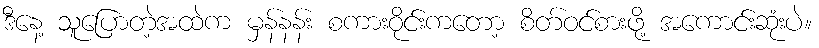
ဒီနေ့ သူပြောတဲ့အထဲက မှန်နန်း စကားဝိုင်းကတော့ စိတ်ဝင်စားဖို့ အကောင်းဆုံးပဲ။